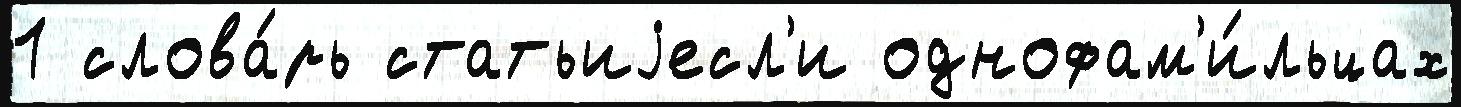
1 слова́рь статьиjесл'и однофам'и́льцах